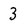
Character: 3